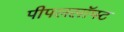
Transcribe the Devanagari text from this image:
पीपलसॉफ्ट